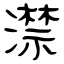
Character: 澿